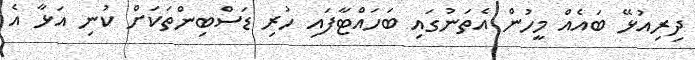
ދިރިއުޅޭ ބައެއް މީހުން އެތަނުގައި ބަހައްޓާފައި ހުރި ޑަސްބިންތަކަށް ކުނި އަޅާ އެ